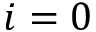
i = 0